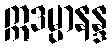
ဣဒမ္ပာနန္ဒ